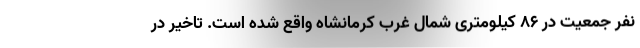
نفر جمعیت در ۸۶ کیلومتری شمال غرب کرمانشاه واقع شده است. تاخیر در